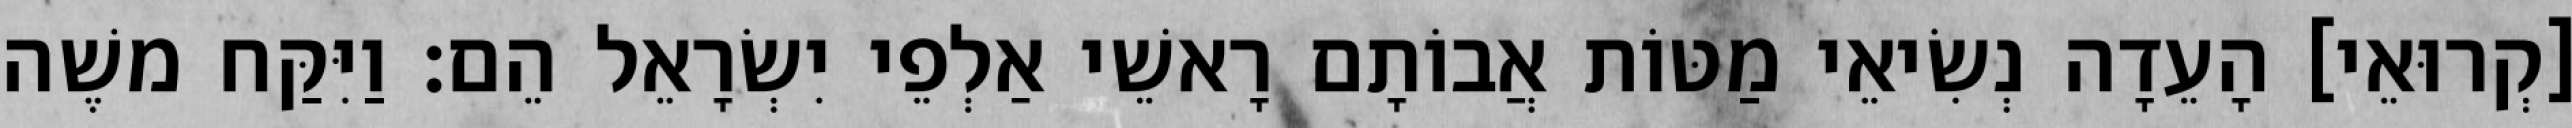
[קְרוּאֵי] הָעֵדָה נְשִׂיאֵי מַטּוֹת אֲבוֹתָם רָאשֵׁי אַלְפֵי יִשְׂרָאֵל הֵם׃ וַיִּקַּח משֶׁה